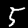
Digit: 5